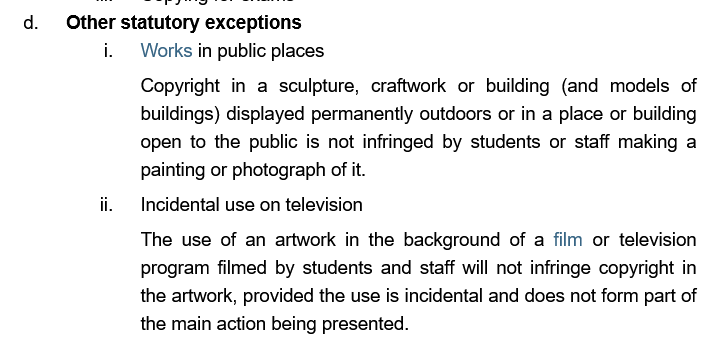
Copyright in a sculpture, craftwork or building (and models of
     buildings) displayed permanently outdoors or in a place or building
     open to the public is not infringed by students or staff making a
     painting or photograph of it.
     The  use of an artwork in the background of a film or television
     program filmed by students and staff will not infringe copyright in
     the artwork, provided the use is incidental and does not form part of
     the main action being presented.
     Works in public places
     ii. Incidental use on television
   d.   Other statutory exceptions